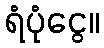
ရံပုံငွေ။